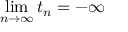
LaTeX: \operatorname* { l i m } _ { n \to \infty } t _ { n } = - \infty